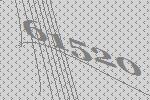
61520